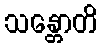
သန္တောတိ